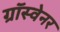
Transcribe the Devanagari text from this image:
ग्रॉस्वेनर